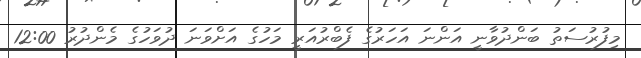
މިފުރުސަތު ބަންދުވާނީ އަންނަ އަހަރުގެ ފެބްރުއަރީ މަހުގެ އަށްވަނަ ދުވަހުގެ މެންދުރު 12:00